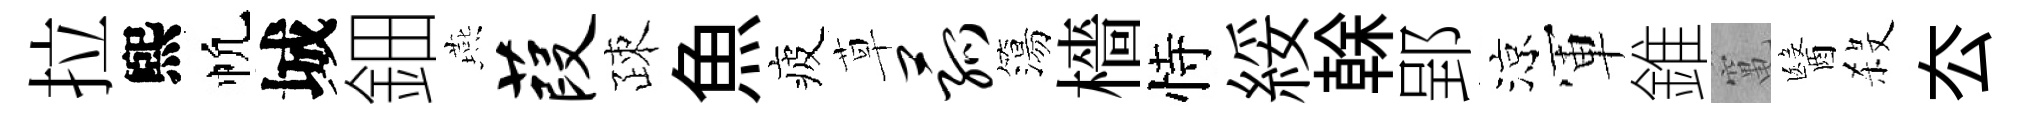
拉煕帆城鈿燕葭疎魚疲草菰簜檣恃綏𠏉郢涼軍錐𥧄醫殺厺